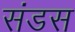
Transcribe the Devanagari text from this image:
संडस